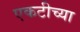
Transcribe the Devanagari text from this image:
एकटीच्या